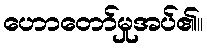
ဟောတော်မှုအပ်၏။